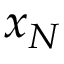
x _ { N }